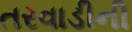
તરવાડીની